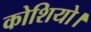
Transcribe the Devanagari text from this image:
कोशियो।